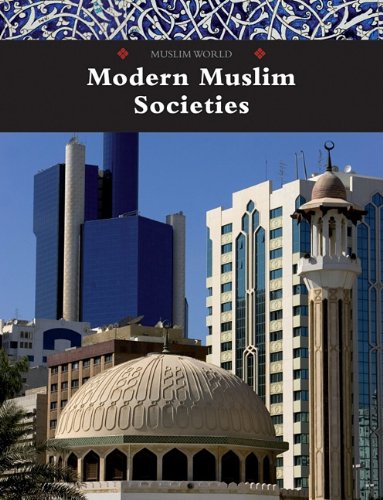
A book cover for Modern Muslim Societies (Muslim World); Teen & Young Adult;